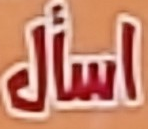
اسأل